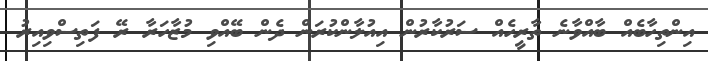
އިންތިހާބެއް ބާއްވާނެ ތާރީހެއް ސަރުކާރުން އިއުލާންކުރަން ދެން ބޭއްވި މުޒާހަރާ ރޭ ފަތިސްވިއިރު